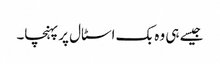
جیسے ہی وہ بک اسٹال پر پہنچا۔